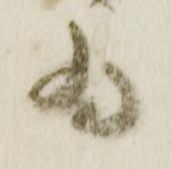
為